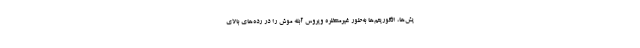
یش‌ها، الگوریتم‌ها به‌طور غیرمنتظره ویروس آبله موش را در رده‌های بالای